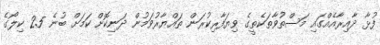
ފުޅާ ދާއިރާއެއްގައި މަސްތުވާތަކެތީގެ ވިޔަފާރިކުރަން ތައްޔާރުވަމުން ދަނިކޮށް ކަމަށް ބުނެ 2.5 ކިލޯގެ